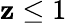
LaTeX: \mathbf{z}\le1